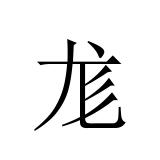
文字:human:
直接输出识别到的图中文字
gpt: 尨